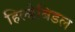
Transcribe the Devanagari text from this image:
हिल्डेबिडल